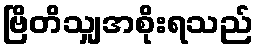
ဗြိတိသျှအစိုးရသည်